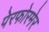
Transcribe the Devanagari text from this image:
पेरफोरमेर